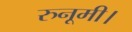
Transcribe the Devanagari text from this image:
रुनूमी।